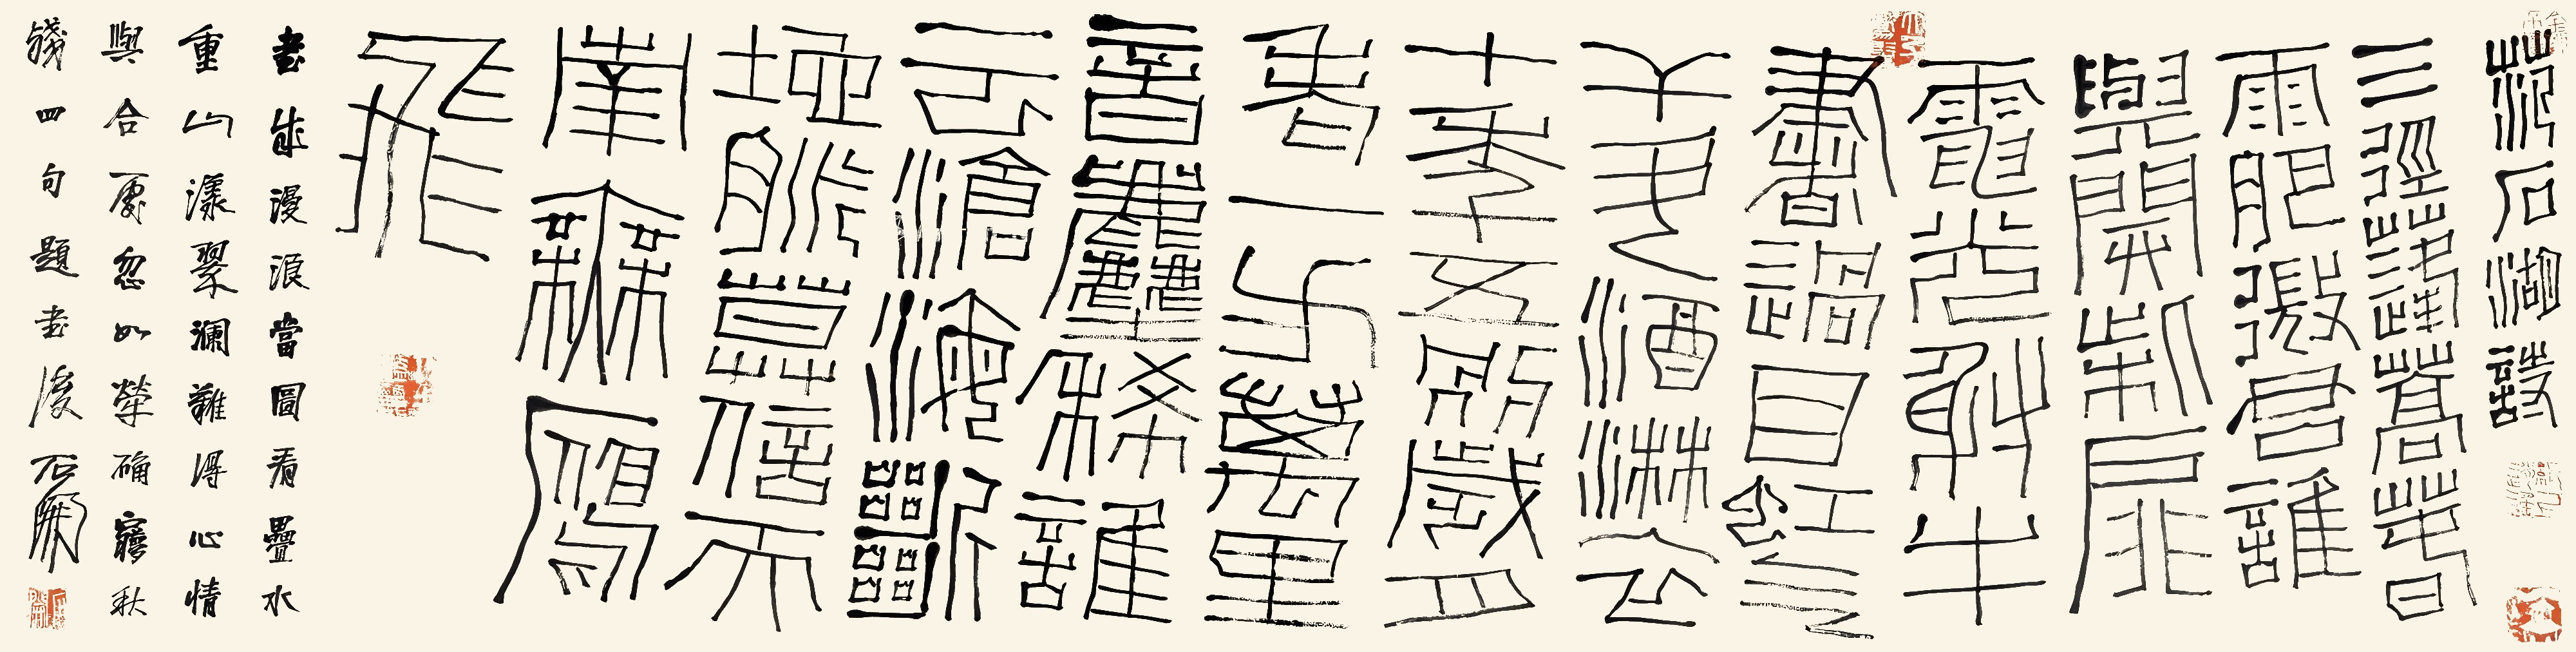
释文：范石湖诗。三径蓬蒿春雨肥，微君谁与开柴扉。电光射牛书过目，虹气干斗酒淋衣。十年五别岁月老，一方万里音尘稀。谁云沧海断地脉，莫信天南无雁飞。书成漫浪当图看，叠水重山漾翠澜。难得心情与合处，忽如荦确梦秋残。四句题书后，石开。